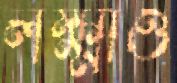
লক্ষ্মীও